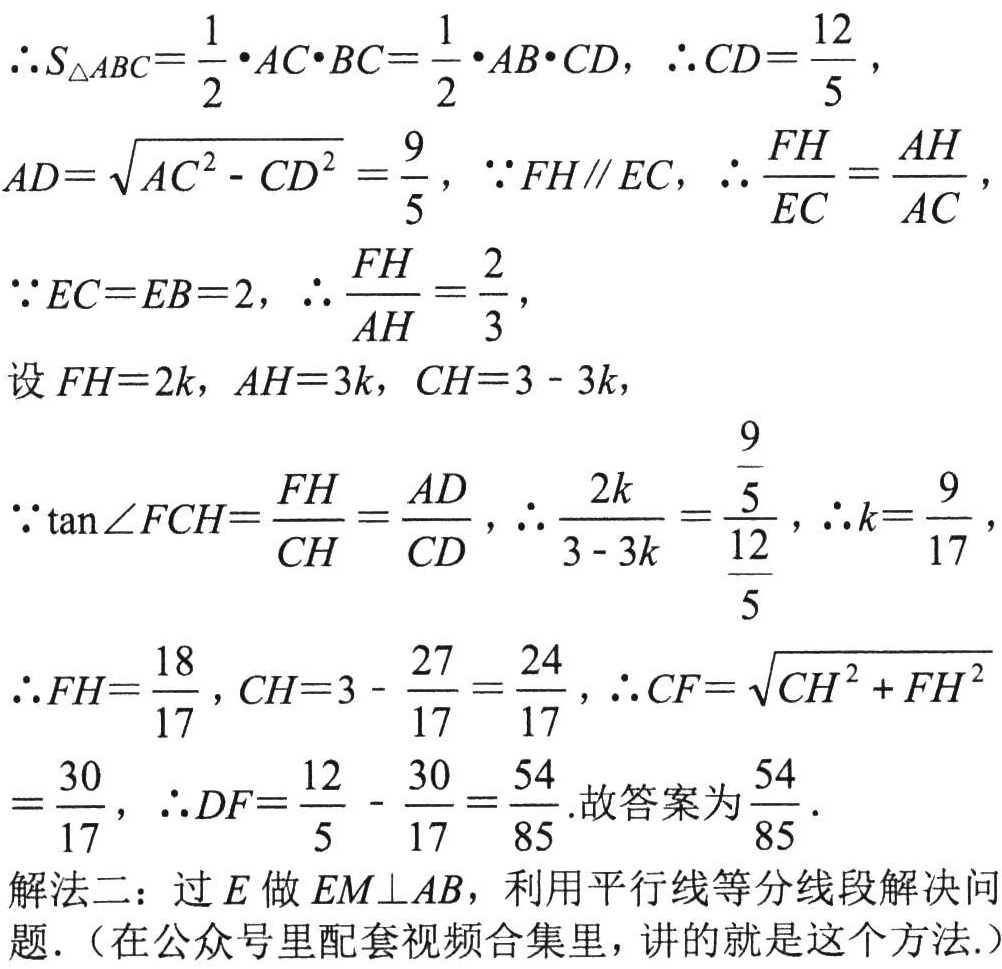
\(\therefore S_{\triangle ABC}=\frac{1}{2}\cdot AC\cdot BC=\frac{1}{2}\cdot AB\cdot CD,\ \therefore CD = \frac{12}{5}\)，
\(AD=\sqrt{AC^{2}-CD^{2}}=\frac{9}{5},\ \because FH\parallel EC,\ \therefore \frac{FH}{EC}=\frac{AH}{AC}\)，
\(\because EC = EB = 2,\ \therefore \frac{FH}{AH}=\frac{2}{3}\)，
设 \(FH = 2k,\ AH = 3k,\ CH = 3 - 3k\)，
\(\because \tan\angle FCH=\frac{FH}{CH}=\frac{AD}{CD},\ \therefore \frac{2k}{3 - 3k}=\frac{\frac{9}{5}}{\frac{12}{5}},\ \therefore k=\frac{9}{17}\)
\(\therefore FH=\frac{18}{17},CH = 3-\frac{27}{17}=\frac{24}{17},\ \therefore CF=\sqrt{CH^{2}+FH^{2}}\)
\(=\frac{30}{17},\ \therefore DF=\frac{12}{5}-\frac{30}{17}=\frac{54}{85}\).故答案为\(\frac{54}{85}\).
解法二：过 \(E\) 做 \(EM\perp AB\)，利用平行线等分线段解决问题.（在公众号里配套视频合集里，讲的就是这个方法.）